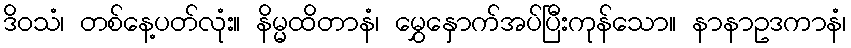
ဒိဝသံ၊ တစ်နေ့ပတ်လုံး။ နိမ္မထိတာနံ၊ မွှေနှောက်အပ်ပြီးကုန်သော။ နာနာဥဒကာနံ၊